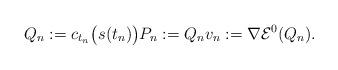
LaTeX: \begin{align*} Q_n:=c_{t_n}\big(s(t_n)\big)P_n:=Q_nv_n:=\nabla \mathcal{E}^0_{}(Q_n).\end{align*}